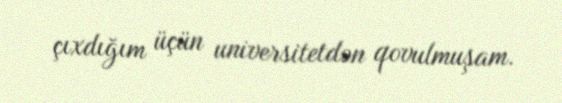
çıxdığım üçün universitetdən qovulmuşam.